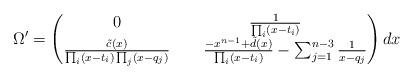
LaTeX: \begin{align*}\Omega'=\begin{pmatrix}0&\frac{1}{\prod_i(x-t_i)}\\ \frac{\tilde{c}(x)}{\prod_i(x-t_i)\prod_j(x-q_j)}&\hskip0.5cm\frac{-x^{n-1}+\tilde{d}(x)}{\prod_i(x-t_i)}-\sum_{j=1}^{n-3}\frac{1}{x-q_j}\end{pmatrix}dx\end{align*}